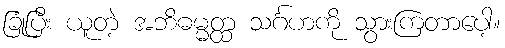
ခြုံပြီး ယူတဲ့ အဘိဓမ္မတ္ထ သင်္ဂဟကို သွားကြတာပေါ့။